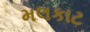
મલકાટ